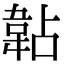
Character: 䪓